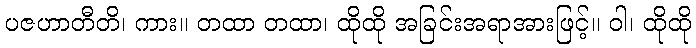
ပဇဟာတီတိ၊ ကား။ တထာ တထာ၊ ထိုထို အခြင်းအရာအားဖြင့်။ ဝါ၊ ထိုထို